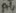
Text: A4